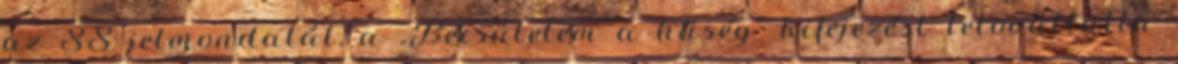
az SS jelmondatát, a „Becsületem a hűség” kifejezést tetováltatta